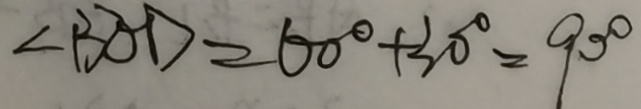
\angle B O D = 6 0 ^ { \circ } + 3 0 ^ { \circ } = 9 0 ^ { \circ }